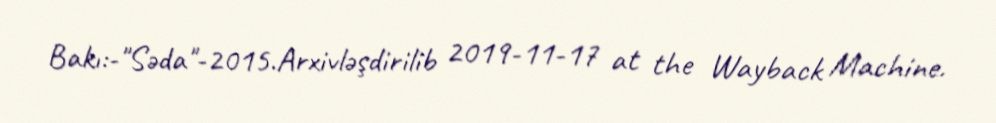
Bakı:-"Səda"-2015.Arxivləşdirilib 2019-11-17 at the Wayback Machine.